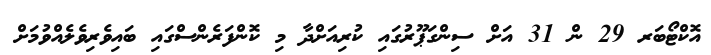
އޮކްޓޯބަރ 29 ން 31 އަށް ސިންގަޕޫރުގައި ކުރިއަށްދާ މި ކޮންފަރެންސްގައި ބައިވެރިވެލެއްވުމަށް